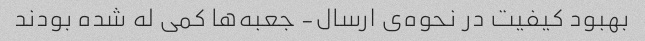
بهبود کیفیت در نحوه‌ی ارسال- جعبه‌ها کمی له شده بودند